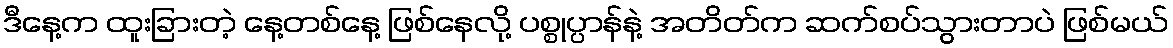
ဒီနေ့က ထူးခြားတဲ့ နေ့တစ်နေ့ ဖြစ်နေလို့ ပစ္စုပ္ပာန်နဲ့ အတိတ်က ဆက်စပ်သွားတာပဲ ဖြစ်မယ်